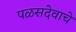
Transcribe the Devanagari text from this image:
पळसदेवाचे